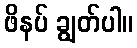
ဖိနပ် ချွတ်ပါ။